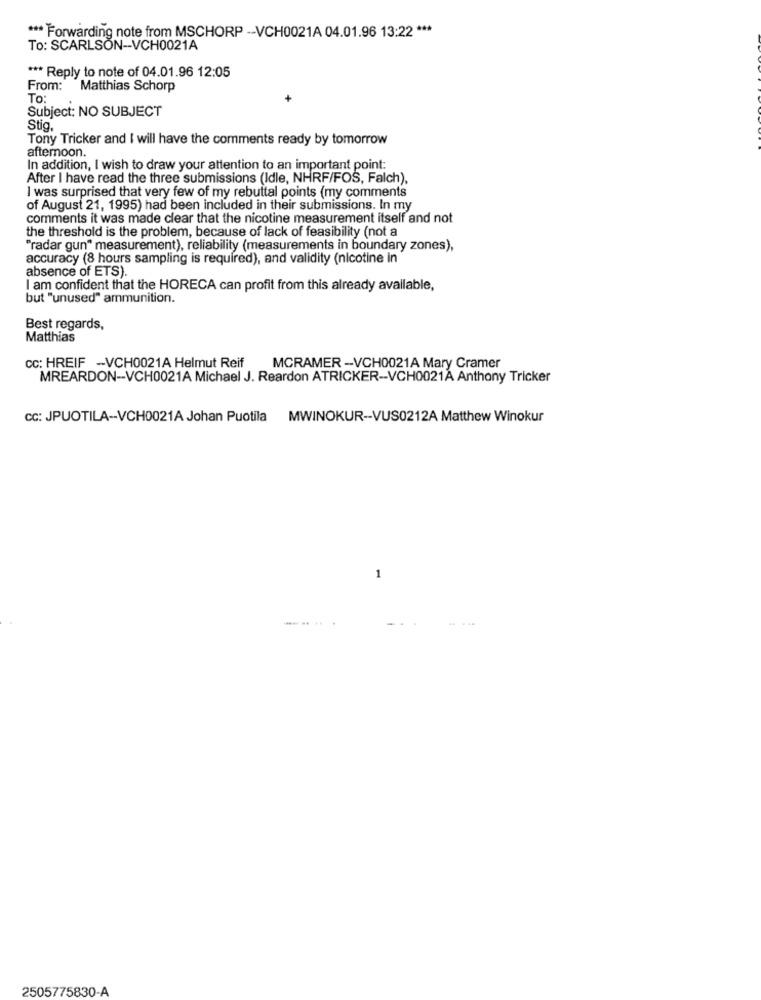
*** Forwarding note from MSCHORP -- VCH0021A 04.01.96 13:22 ***
To: SCARLSON -- VCH0021A
*** Reply to note of 04.01.96 12:05
From: Matthias Schorp
To:
Subject: NO SUBJECT
Stig.
Tony Tricker and I will have the comments ready by tomorrow
afternoon.
In addition, I wish to draw your attention to an important point:
After I have read the three submissions (Idle, NHRF/FOS, Falch).
I was surprised that very few of my rebuttal points (my comments
of August 21, 1995) had been included in their submissions. In my
comments it was made clear that the nicotine measurement itself and not
the threshold is the problem, because of lack of feasibility (not a
"radar gun" measurement), reliability (measurements in boundary zones),
accuracy (8 hours sampling is required), and validity (nicotine in
absence of ETS).
I am confident that the HORECA can profit from this already available,
but "unused" ammunition.
Best regards,
Matthias
cc: HREIF -VCH0021A Helmut Reif MCRAMER -VCH0021A Mary Cramer
MREARDON -- VCH0021A Michael J. Reardon ATRICKER -- VCH0021A Anthony Tricker
CC: JPUOTILA -- VCH0021A Johan Puotila MWINOKUR -- VUS0212A Matthew Winokur
2505775830-A